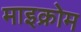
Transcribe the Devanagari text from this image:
माइक्रोम